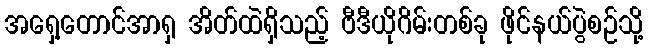
အရှေ့တောင်အာရှ အိတ်ထဲရှိသည့် ဗီဒီယိုဂိမ်းတစ်ခု ဖိုင်နယ်ပွဲစဉ်သို့